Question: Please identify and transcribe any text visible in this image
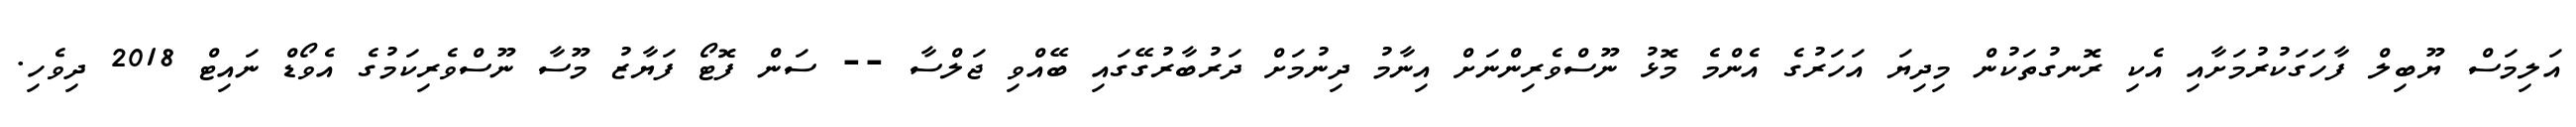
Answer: އަލިމަސް ޔޫބިލް ފާހަގަކުރުމަށާއި އެކި ރޮނގުތަކުން މިދިޔަ އަހަރުގެ އެންމެ މޮޅު ނޫސްވެރިންނަށް އިނާމު ދިނުމަށް ދަރުބާރުގޭގައި ބޭއްވި ޖަލްސާ -- ސަން ފޮޓޯ ފަޔާޒު މޫސާ ނޫސްވެރިކަމުގެ އެވޯޑް ނައިޓް 2018 ދިވެހި.